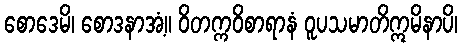
စောဒေမိ၊ စောဒနာအံ့။ ဝိတက္ကဝိစာရာနံ ဝူပသမာတိဣမိနာပိ၊